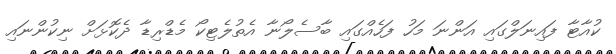
ކުއާޓާ ފައިނަލްގައި އަންނަ މަހު ފަހެއްގައި ބާސެލޯނާ އެތުލެޓިކޯ މެޑްރިޑާ ދެކޮޅަށް ނިކުންނައި